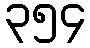
၃၅၄